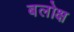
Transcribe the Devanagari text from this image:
बलोक्ष